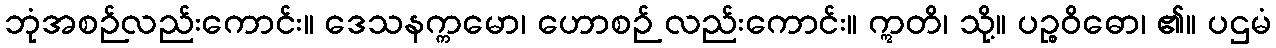
ဘုံအစဉ်လည်းကောင်း။ ဒေသနက္ကမော၊ ဟောစဉ် လည်းကောင်း။ ဣတိ၊ သို့။ ပဉ္စဝိဓော၊ ၏။ ပဌမံ